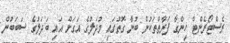
ރެސްޓޯރެންޓް ހިންގާ ފަރާތްތަކުން ބުނާ ގޮތުގައި މުދަލުގެ އަގަށް އައި ބަދަލުގެ ސަބަބުން